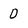
Character: 0